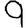
Digit: 9